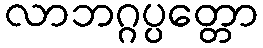
လာဘဂ္ဂပ္ပတ္တော